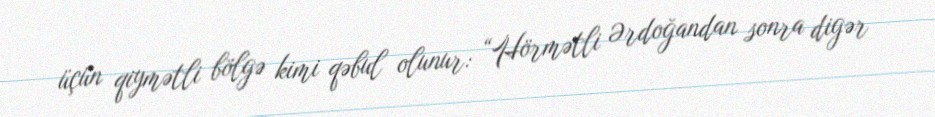
üçün qiymətli bölgə kimi qəbul olunur: “Hörmətli Ərdoğandan sonra digər